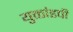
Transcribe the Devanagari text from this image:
युक्तांडपी